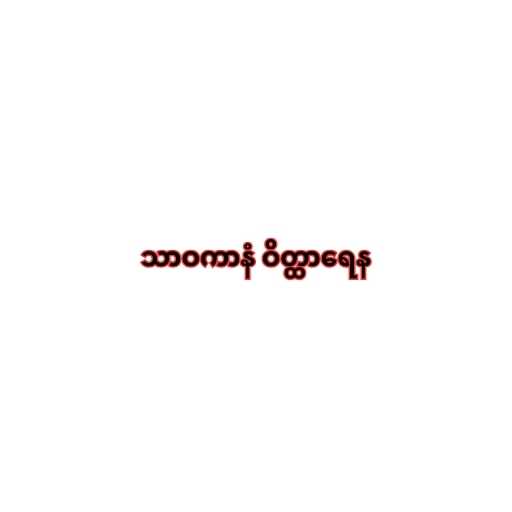
သာဝကာနံ ဝိတ္ထာရေန